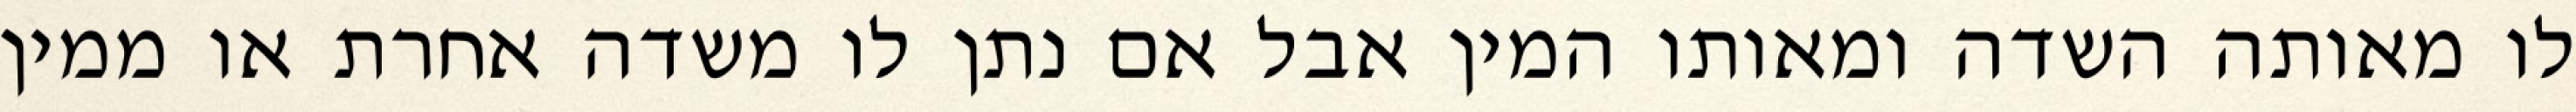
לו מאותה השדה ומאותו המין אבל אם נתן לו משדה אחרת או ממין